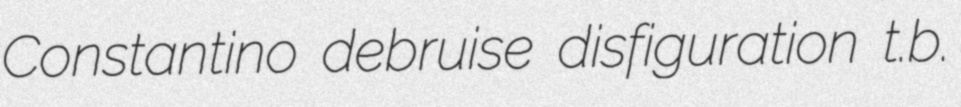
Constantino debruise disfiguration t.b.